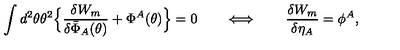
\int d ^ { 2 } \theta \theta ^ { 2 } \Bigr \{ \frac { \delta W _ { m } } { \delta \bar { \Phi } _ { A } ( \theta ) } + \Phi ^ { A } ( \theta ) \Bigr \} = 0 \qquad \Longleftrightarrow \qquad \frac { \delta W _ { m } } { \delta \eta _ { A } } = \phi ^ { A } ,